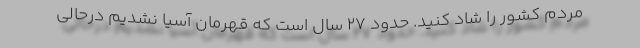
مردم کشور را شاد کنید. حدود ۲۷ سال است که قهرمان آسیا نشدیم درحالی